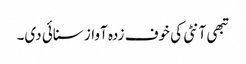
تبھی آنٹی کی خوف زدہ آواز سنائی دی۔